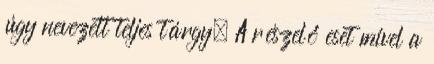
úgy nevezett teljes tárgy. A részelő eset mivel a